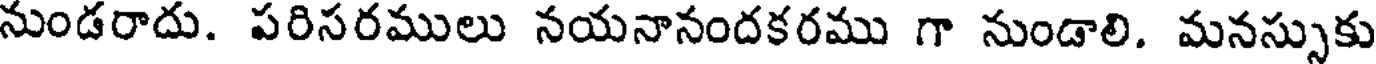
నుండరాదు. పరిసరములు నయనానందకరము గా నుండాలి. మనస్సుకు